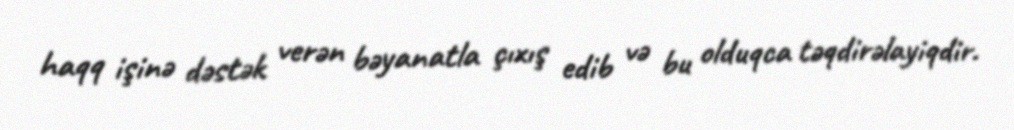
haqq işinə dəstək verən bəyanatla çıxış edib və bu olduqca təqdirəlayiqdir.